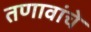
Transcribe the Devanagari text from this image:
तणावांचे